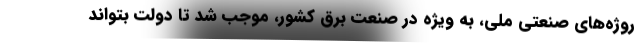
روژه‌های صنعتی ملی، به ویژه در صنعت برق کشور، موجب شد تا دولت بتواند